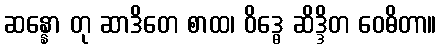
ဆန္နော တု ဆာဒိတေ စာထ၊ ဝိဒ္ဓေ ဆိဒ္ဒိတ ဝေဓိတာ။